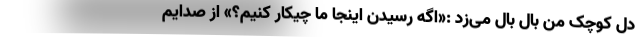
دل کوچک من بال بال می‌زد :«اگه رسیدن اینجا ما چیکار کنیم؟» از صدایم